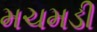
મચમડી